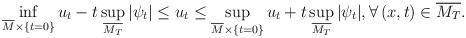
LaTeX: \begin{align*}\inf_{\overline{M}\times \{t=0\}} u_t - t\sup_{\overline{M_T}} |\psi_t| \leq u_t \leq \sup_{\overline{M}\times \{t=0\}} u_t + t\sup_{\overline{M_T}}|\psi_t|, \forall\,(x, t)\in \overline{M_T}.\end{align*}